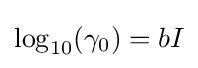
\log _{10}(\gamma _{0})=bI